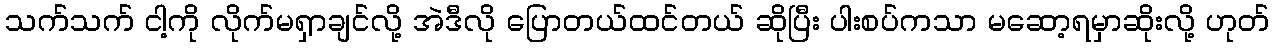
သက်သက် ငါ့ကို လိုက်မရှာချင်လို့ အဲဒီလို ပြောတယ်ထင်တယ် ဆိုပြီး ပါးစပ်ကသာ မဆော့ရမှာဆိုးလို့ ဟုတ်